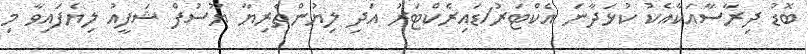
ބޮޑު ދިރާސާއަކާއެކު ކުޅަދާނަ އެކްޓަރު/ޑައިރެކްޓަރު އަދި ލިޔުންތެރިޔާ ޔޫސުފް ޝަފީއު ލިޔެފައިވާ މި